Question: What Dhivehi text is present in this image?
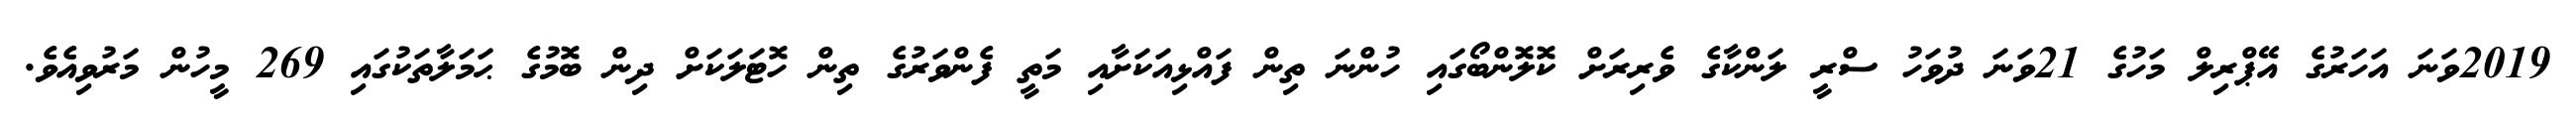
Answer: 2019ވަނަ އަހަރުގެ އޭޕްރިލް މަހުގެ 21ވަނަ ދުވަހު ސްރީ ލަންކާގެ ވެރިރަށް ކޮލޮންބޯގައި ހުންނަ ތިން ފައްޅިއަކަށާއި މަތީ ފެންވަރުގެ ތިން ހޮޓަލަކަށް ދިން ބޮމުގެ ޙަމަލާތަކުގައި 269 މީހުން މަރުވިއެވެ.